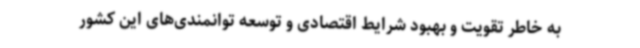
به خاطر تقویت و بهبود شرایط اقتصادی و توسعه توانمندی‌های این کشور